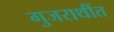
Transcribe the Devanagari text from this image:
गुजराथींत